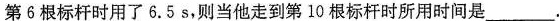
第6根标杆时用了6.5s，则当他走到第10根标杆时所用时间是___。